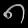
Digit: ၈